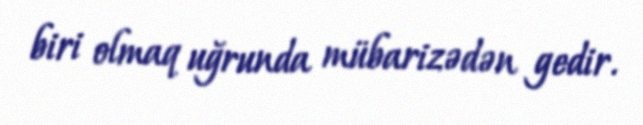
biri olmaq uğrunda mübarizədən gedir.